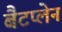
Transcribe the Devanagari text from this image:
बैटप्लेन